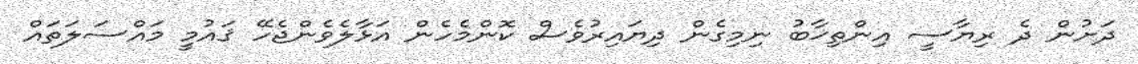
ދަށުން ދެ ރިޔާސީ އިންތިޚާބު ނިމިގެން ދިޔައިރުވެސް ކޮންމެހެން އަޅާލެވެންޖެހޭ ޤައުމީ މައްސަލަތައް